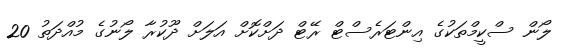
ލޯން ސްކީމްތަކުގެ އިންޓަރެސްޓް ރޭޓް ދަށްކޮށް އަލަށް ދޫކުރާ ލޯނުގެ މުއްދަތު 20